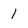
Character: 1